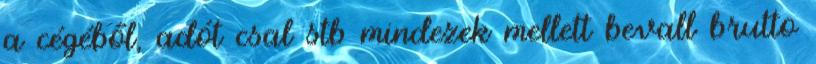
a cégéből, adót csal stb mindezek mellett bevall brutto